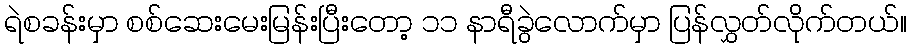
ရဲစခန်းမှာ စစ်ဆေးမေးမြန်းပြီးတော့ ၁၁ နာရီခွဲလောက်မှာ ပြန်လွှတ်လိုက်တယ်။